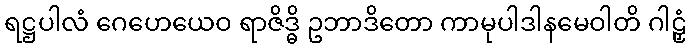
ရဋ္ဌပါလံ ဂေဟေယေဝ ရာဇိဒ္ဓိ ဥဘာဒိတော ကာမုပါဒါနမေဝါတိ ဂါဠှံ